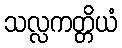
သလ္လကတ္တိယံ